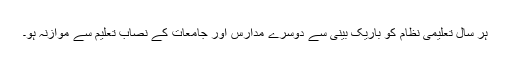
ہر سال تعلیمی نظام کو باریک بینی سے دوسرے مدارس اور جامعات کے نصاب تعلیم سے موازنہ ہو۔